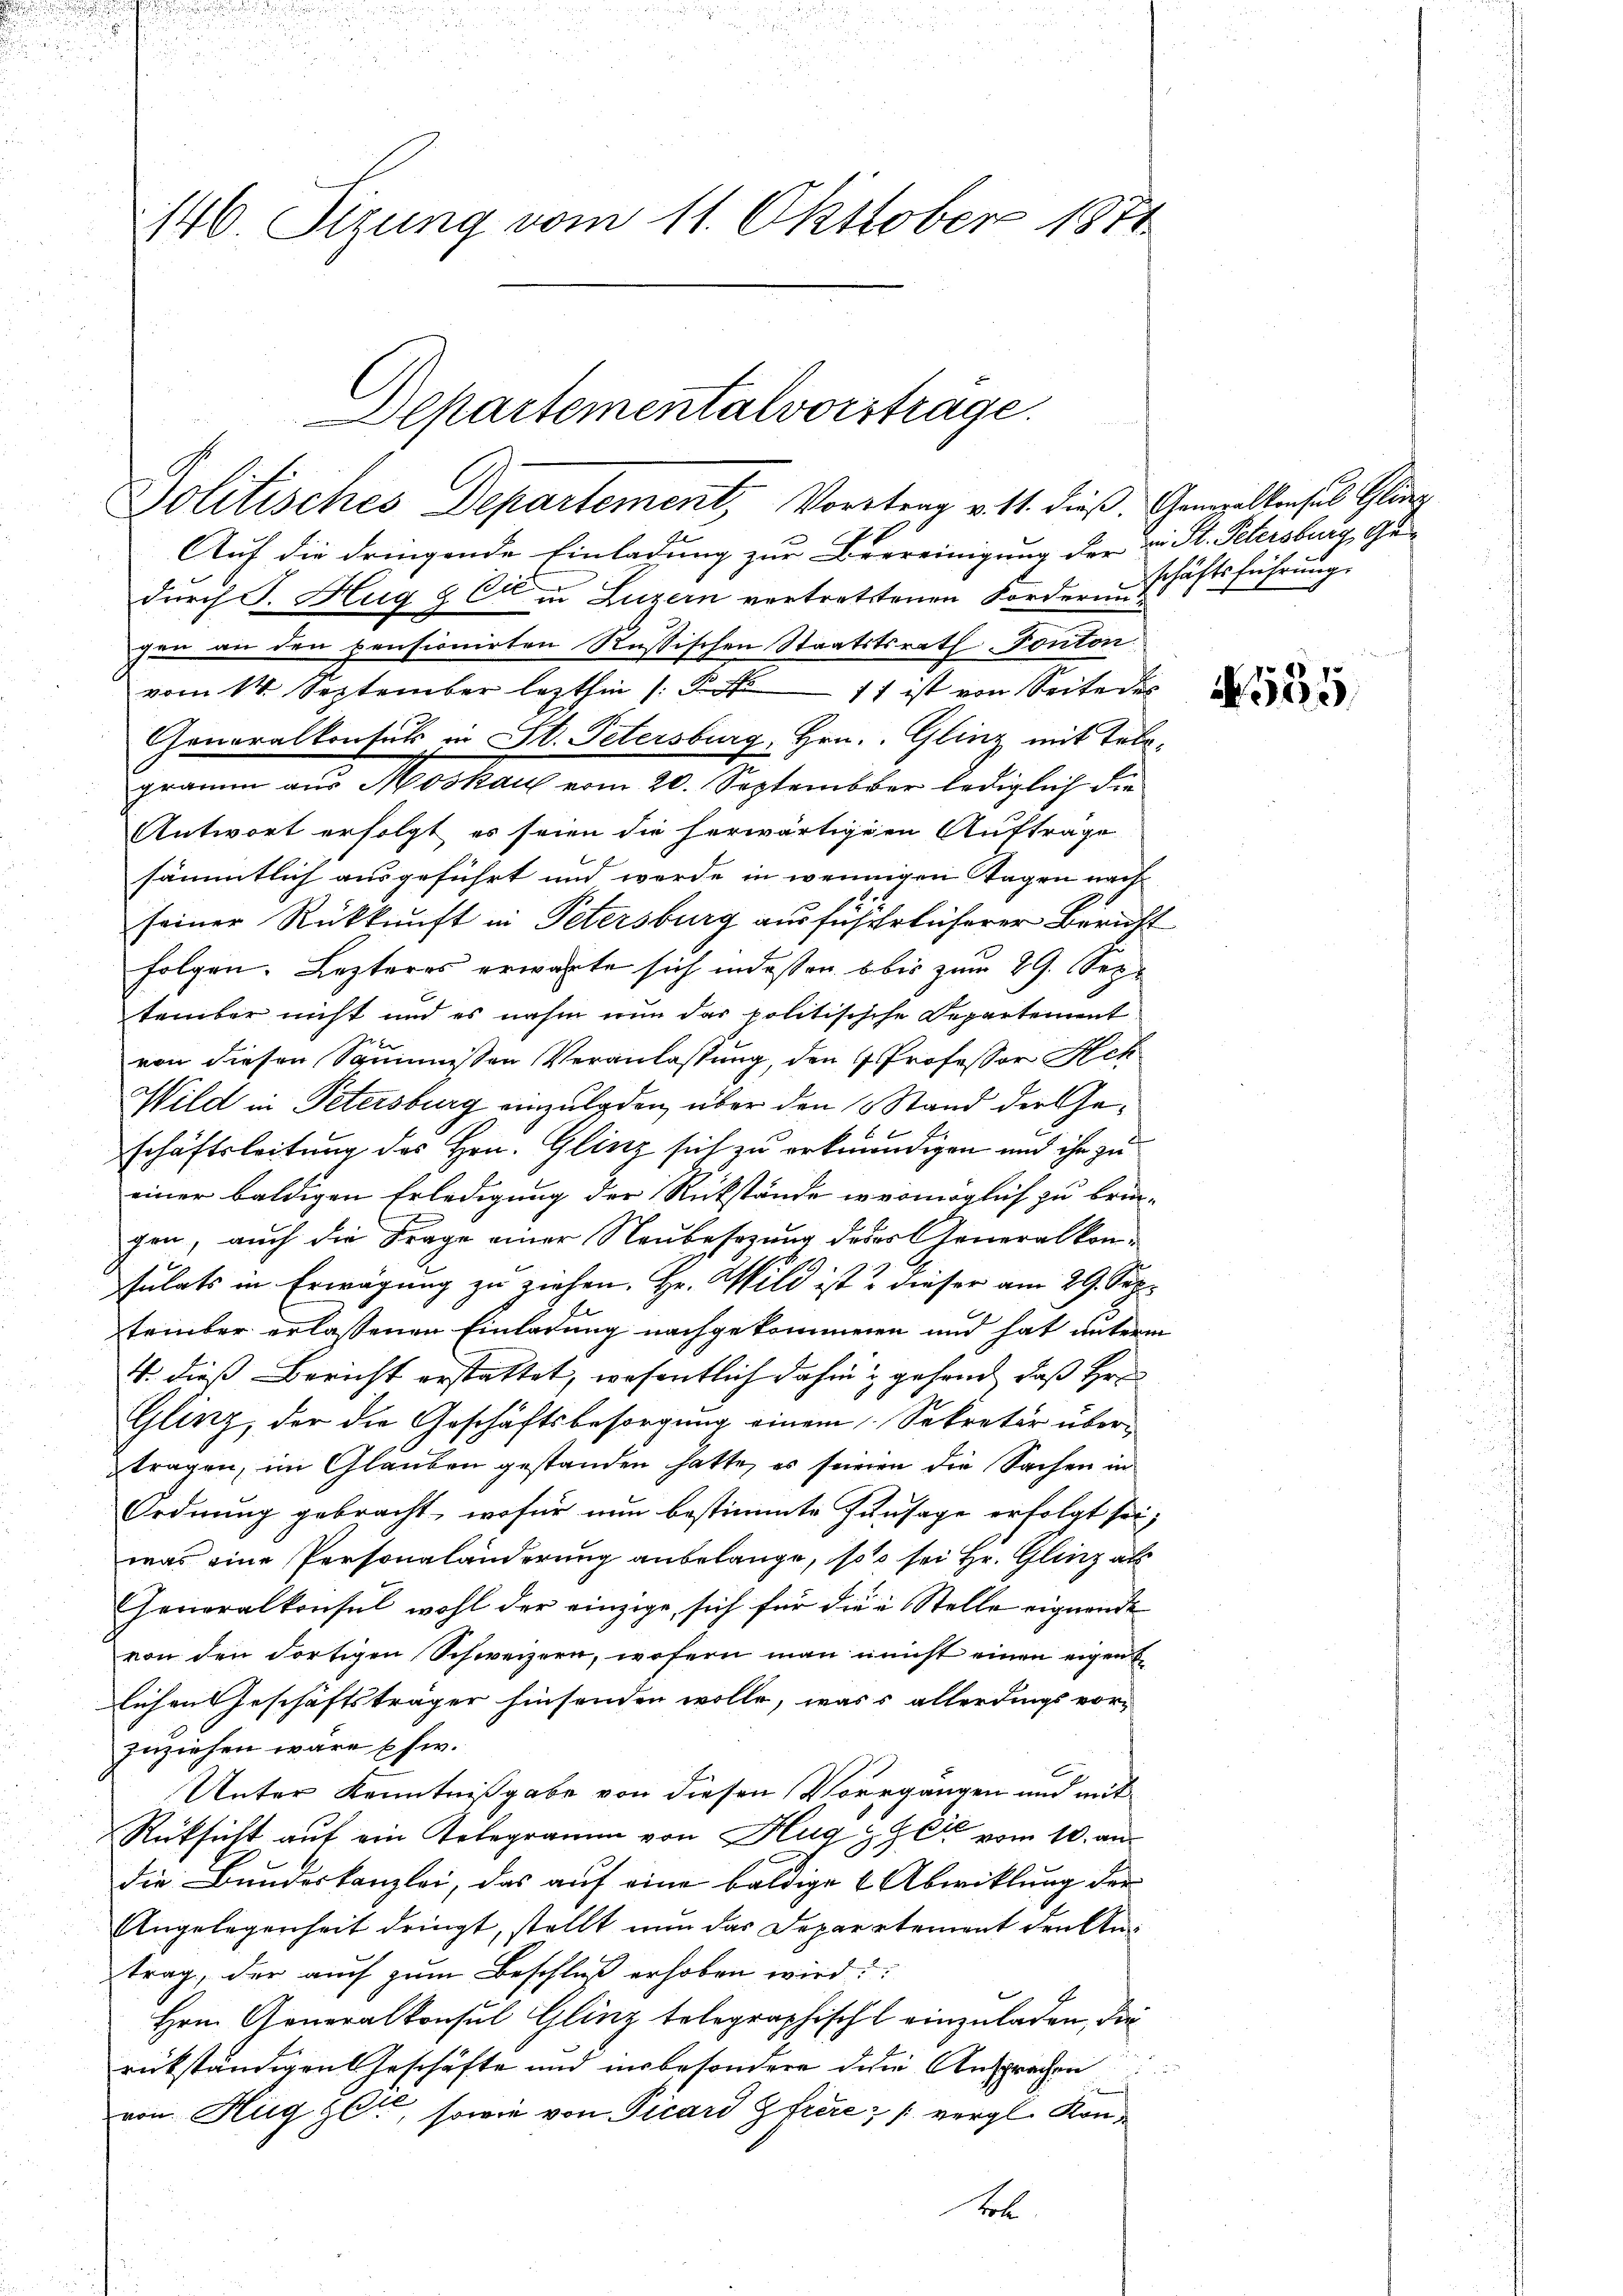
146. Sizung vom 11. Okttober 1871

Departementalvorstrage.
Politisches Departement, Vortrag v. 11. dieß. Gempelten ses Glanz

Auf die dringende Einladung zur Beereinigung der v. St. Petersburg, Gedurch J. Hug & Cie in Luzern vertrettenen Forderung
gen an den pensionirten Russischen Staatstsrath. Vonton
vom 14. September lezthin (S. 11 ist von Seite des
Generalkonsuls in St. Petersburg, Hrn. Glinz mit Telegramm aus Moskau vom 20. September lediglich die
Antwort erfolgt es seien die herwärtigern Aufträge
sämmtlich ausgeführt und werde in wennigen Tagen nach
seiner Rückkunft in Petersburg ausführlicherer Bericht
folgen. Lezteres erwarte sich indessen bis zum 29. Sep
tember nicht und es nahm nun das politisische Departement
von diesen Sommissen Veranlassung, den 4 Professor Ack
Wild in Petersburg einzuladen, über den 3 Stand der Geschäftsleitung des Hrn. Glinz sich zu erkundigen und ihn zu
einer baldigen Erledigung der Rückstände womöglich zu brin-
gen, auch die Frage einer Neubesezung deser Generalkonsulats in Erwägung zu ziehen. Hr. Wild ist? dieser am 29. September erlassenen Einladung nachgekommenen und hat unterm
4. dieß Bericht erstattet, wesentlich dahin u gehend, daß Hrn
Glinz, der die Geschäftsbesorgung einem Sekretär übertragen, im Glauben gestanden hatte, es seinen die Sachen in
Ordnung gebracht, wofür nun bestimmte Hunsage erfolgt sei;
was eine Personaländerung anbelange, so sei Hr. Glinz als
Generalkonsul wohl der einzige, sich für die Stelle eignende
von den Fortigen Schweizern, wofern man unst einen eigen
lichen Geschäftsträger hinsenden wolle, wass allerdings vor-
zuziehen wäre Ehe.
Unter Kenntnißgabe von diesen Vorrgangen und mit
Rücksicht auf ein Telegramm von Hugger vom 10. andie Bundeskanzlei, das auf eine baldige & Abwicklung der
Angelegenheit dringt, stellt nun das Departement den Antrag, der auch zum Beschluß erhoben wird?
Hrn. Generalkonsul Glinz telegraphischt einzuladen, die
i
rükständigen Geschäfte und insbesondere dem Ansprachen
s
von Hugger, sowie von Picard Gfrere vergl. Kontoll

schäftsführung

535